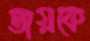
জয়কে